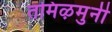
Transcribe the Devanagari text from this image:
तमिऴमुनी